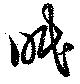
眠